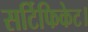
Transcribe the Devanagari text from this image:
सर्टिफिकेट।